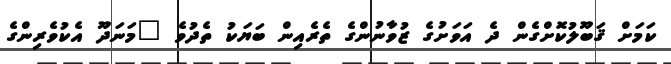
ކަމަށް ޤަބޫލުކޮށްގެން ދެ އަވަށުގެ ޒުވާނުންގެ ތެރެއިން ބަޔަކު ތެދުވެ "މަނަދޫ އެކުވެރިންގެ